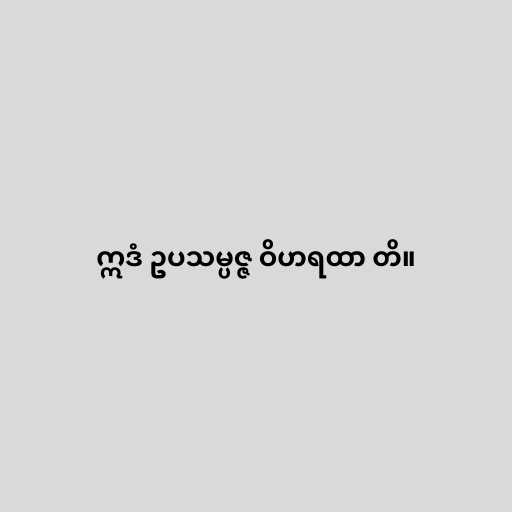
ဣဒံ ဥပသမ္ပဇ္ဇ ဝိဟရထာ တိ။